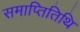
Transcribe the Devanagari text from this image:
समाप्तितिथि